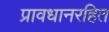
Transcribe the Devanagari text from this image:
प्रावधानरहित